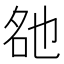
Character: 𬼨